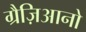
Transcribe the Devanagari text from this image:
ग्रैज़िआनो